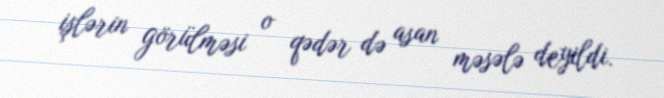
işlərin görülməsi o qədər də asan məsələ deyildi.